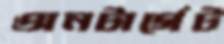
অনটার্গেট